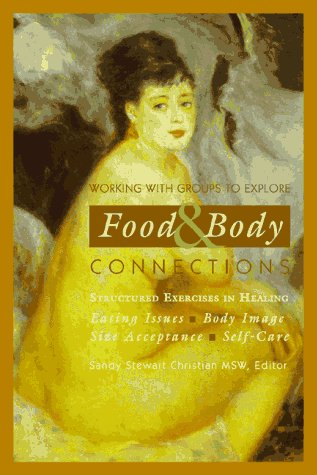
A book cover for Working With Groups to Explore Food & Body Connections: Eating Issues, Body Image, Size Acceptance, Self-Care (Structured Exercises in Healing); Cookbooks, Food & Wine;